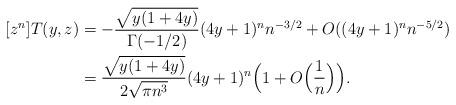
LaTeX: \begin{align*} [z^n]T(y, z) &= -\frac{\sqrt{y(1+4y)}}{\Gamma(-1/2)}(4y+1)^{n}n^{-3/2} + O((4y+1)^n n^{-5/2}) \\ &=\frac{\sqrt{y(1+4y)}}{2\sqrt{\pi n^3}}(4y+1)^n\Bigl(1+O\Bigl(\frac1n\Bigr)\Bigr). \end{align*}